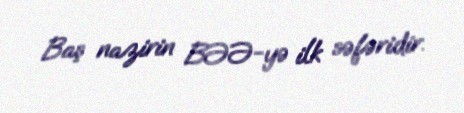
Baş nazirin BƏƏ-yə ilk səfəridir.